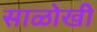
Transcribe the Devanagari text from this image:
साळोखी